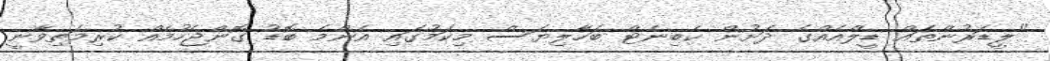
"ލީޑަރުންތައް ޑީލްއެއްގެ ދަށުން ކެބިނެޓް ބަހާލިޔަސް މިކަމުގައި އެންމެ ބޮޑު ގޮންޖެހުމެއް ކުރިމަތިވާނީ